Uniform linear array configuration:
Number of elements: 4
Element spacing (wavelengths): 0.25
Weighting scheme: binomial
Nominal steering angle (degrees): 15
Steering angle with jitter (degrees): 15.831
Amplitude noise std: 0.05
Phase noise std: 0.05

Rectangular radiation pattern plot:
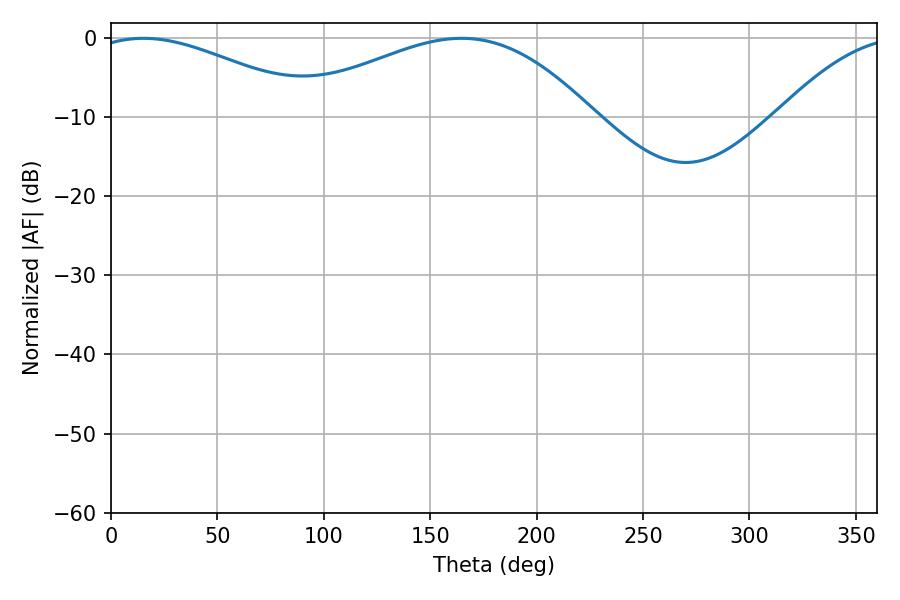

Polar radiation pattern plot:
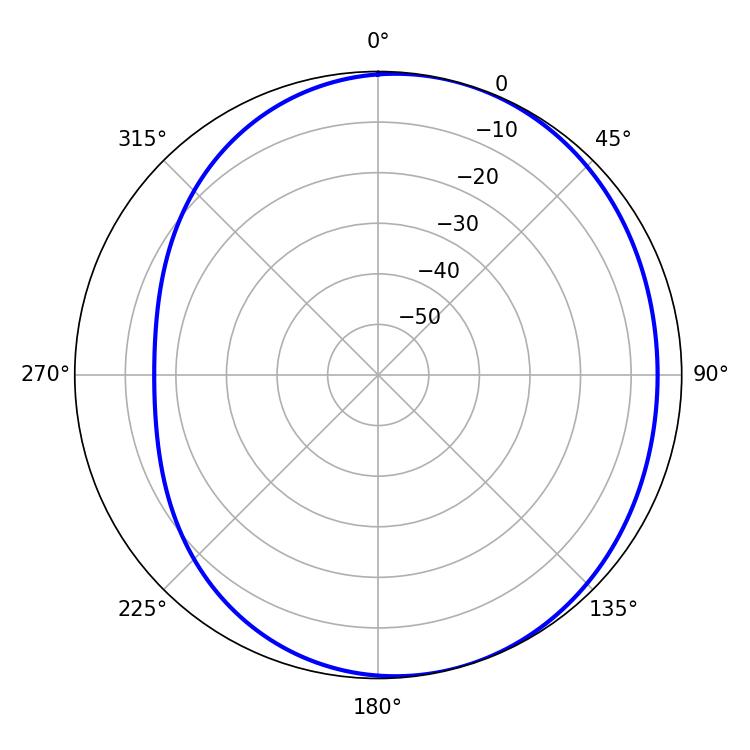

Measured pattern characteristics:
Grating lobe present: FALSE
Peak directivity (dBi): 3.701
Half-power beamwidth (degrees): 58.86
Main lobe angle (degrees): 15.3